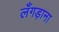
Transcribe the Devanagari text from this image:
लँगड़ाना